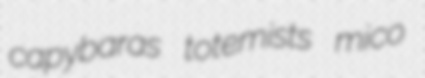
capybaras totemists mico